Philaematomyia insignis, Austen - Number 54
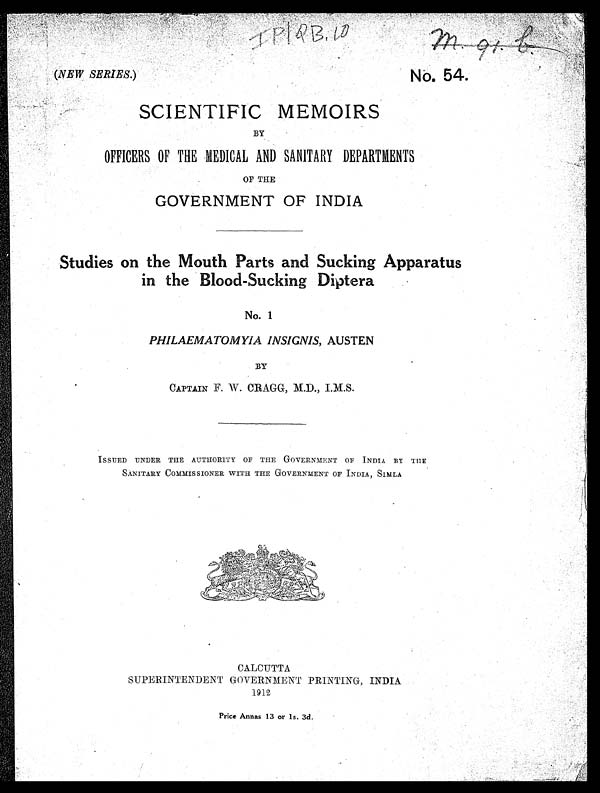
(NEW SERIES.)
m . 9 1 c
No. 54.
SCIENTIFIC MEMOIRS
BY
OFFICERS OF THE MEDICAL AND SANITARY DEPARTMENTS
OF THE
GOVERNMENT OF INDIA
Studies on the Mouth Parts and Sucking Apparatus
in the Blood-Sucking Diptera
No. 1
PHILAEMATOMYIA INSIGNIS, AUSTEN
BY
CAPTAIN F. W. CRAGG, M.D., I.M.S.
ISSUED UNDER THE AUTHORITY OF THE GOVERNMENT OF INDIA BY THE
SANITARY COMMISSIONER WITH THE GOVERNMENT OF INDIA, SIMLA
CALCUTTA
SUPERINTENDENT GOVERNMENT PRINTING, INDIA
1912
Price Annas 13 or 1s. 3d.